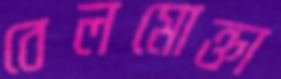
বেলমোক্তা